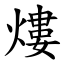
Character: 熡